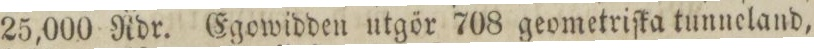
25,000 Rdr. Egowidden utgör 708 geometriſka tunneland,